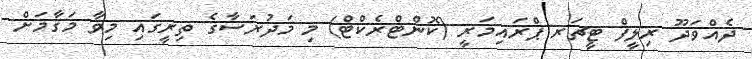
ދެއްވަދޫ ރިލީފް ޓީޗަރ ޕްރައިމަރީ (ކޮންޓްރެކްޓް) މި މަދުރަސާގެ ތިރީގައި މިވާ މަޤާމަށް